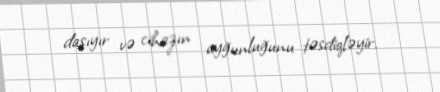
daşıyır və cihazın uyğunluğunu təsdiqləyir.